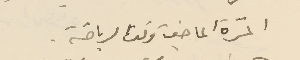
المَرة الماضية وقت الرياضة .